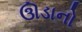
ઊડાનો